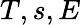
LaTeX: T,s,E